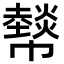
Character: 𢅮